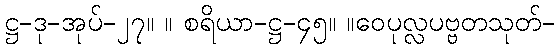
ဋ္ဌ-ဒု-အုပ်-၂၇။ ။ စရိယာ-ဋ္ဌ-၄၅။ ။ဝေပုလ္လပဗ္ဗတသုတ်-